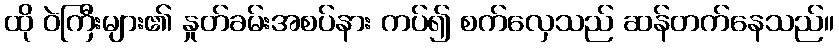
ထို ဝဲကြီးများ၏ နှုတ်ခမ်းအစပ်နား ကပ်၍ စက်လှေသည် ဆန်တက်နေသည်။